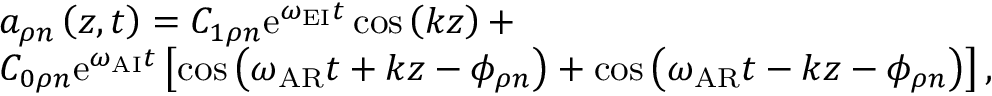
\begin{array} { r l } & { a _ { \rho n } \left( z , t \right) = C _ { 1 \rho n } \mathrm { e } ^ { \omega _ { \mathrm { E I } } t } \cos \left( k z \right) + } \\ & { C _ { 0 \rho n } \mathrm { e } ^ { \omega _ { \mathrm { A I } } t } \left[ \cos \left( \omega _ { \mathrm { A R } } t + k z - \phi _ { \rho n } \right) + \cos \left( \omega _ { \mathrm { A R } } t - k z - \phi _ { \rho n } \right) \right] , } \end{array}